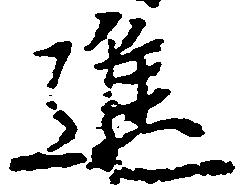
進